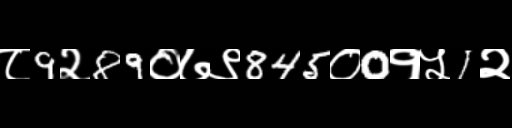
Text: ८9२89०७९845०0१५1२